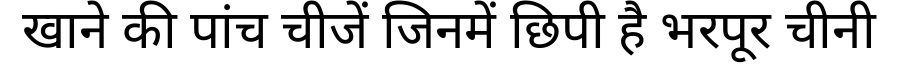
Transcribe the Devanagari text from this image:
खाने की पांच चीजें जिनमें छिपी है भरपूर चीनी